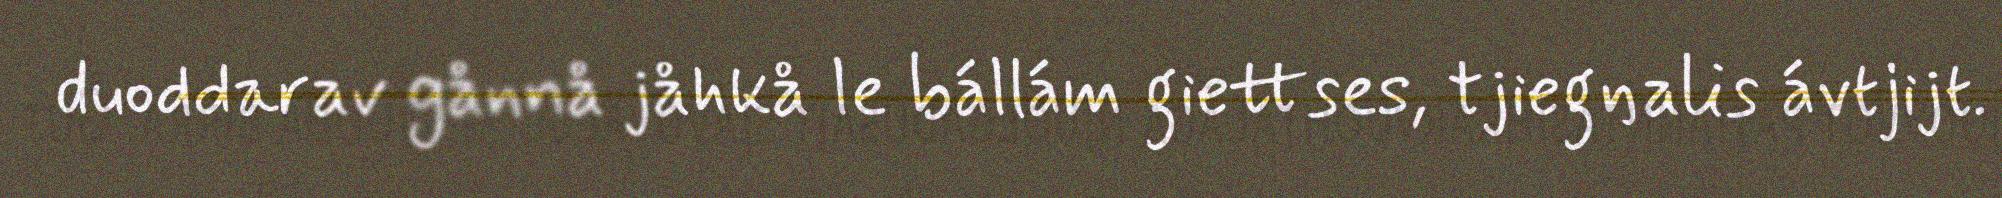
duoddarav gånnå jåhkå le bállám giettses, tjiegŋalis ávtjijt.